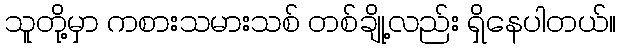
သူတို့မှာ ကစားသမားသစ် တစ်ချို့လည်း ရှိနေပါတယ်။